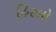
હિરલો